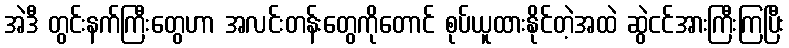
အဲဒီ တွင်းနက်ကြီးတွေဟာ အလင်းတန်းတွေကိုတောင် စုပ်ယူထားနိုင်တဲ့အထဲ ဆွဲငင်အားကြီးကြပြီး